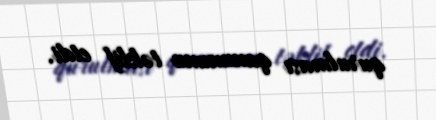
qurulması qanununu təklif etdi.